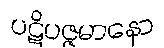
ပဋိပဇ္ဇမာနော